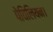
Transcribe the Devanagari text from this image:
पेविलियन।